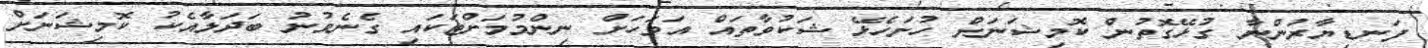
ފަނޑިޔާރުންނާ ގުޅޭގޮތުން ކޮމިޝަނަށް ހުށަހެޅޭ ޝަކުވާތައް އަވަހަށް ނިންމުމަށްޓަކައި ގެނެވުނު ބަދަލާއެކު ކޮމިޝަނަށް